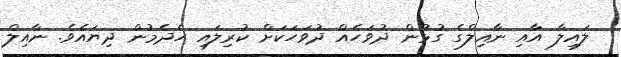
ލައިލާ އާއި ނާއިލްގެ ގުޅުން ދުވަހެއް ދުވަހަކަށް ކުރިލައި ހެދެމުން ދިޔައެވެ. ނާއިލް